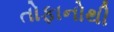
તોફાનોથી